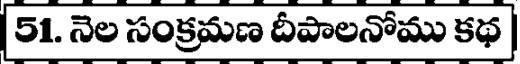
| 51. నెల సంక్రమణ దీపాలనోము కథ |